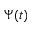
\Psi ( t )